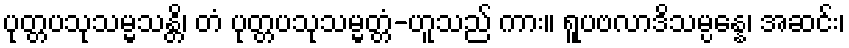
ပုတ္တပသုသမ္မသန္တိ၊ တံ ပုတ္တပသုသမ္မတ္တံ-ဟူသည် ကား။ ရူပဗလာဒိသမ္ပန္နေ၊ အဆင်း၊